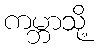
ကမ္ဘာသို့